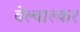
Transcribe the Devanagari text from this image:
वेल्वाल्कर